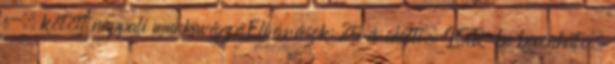
e-. kötött nappali munkavégzésElvárások: 25 év alatti, IGR-be bevonható,